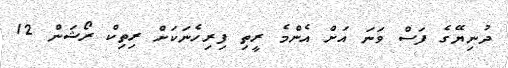
ދުނިޔޭގެ ފަސް ވަނަ އަށް އެންމެ ރީތި ފިރިހެނަކަށް ރިތިކް ރޯޝަން 12